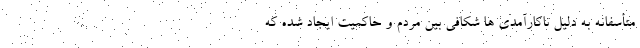
متأسفانه به دلیل ناکارآمدی ها شکافی بین مردم و حاکمیت ایجاد شده که